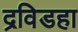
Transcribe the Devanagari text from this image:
द्रविडहा